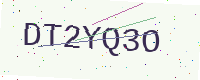
Text: DT2YQ3O